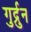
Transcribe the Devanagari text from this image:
गुर्द्रुन